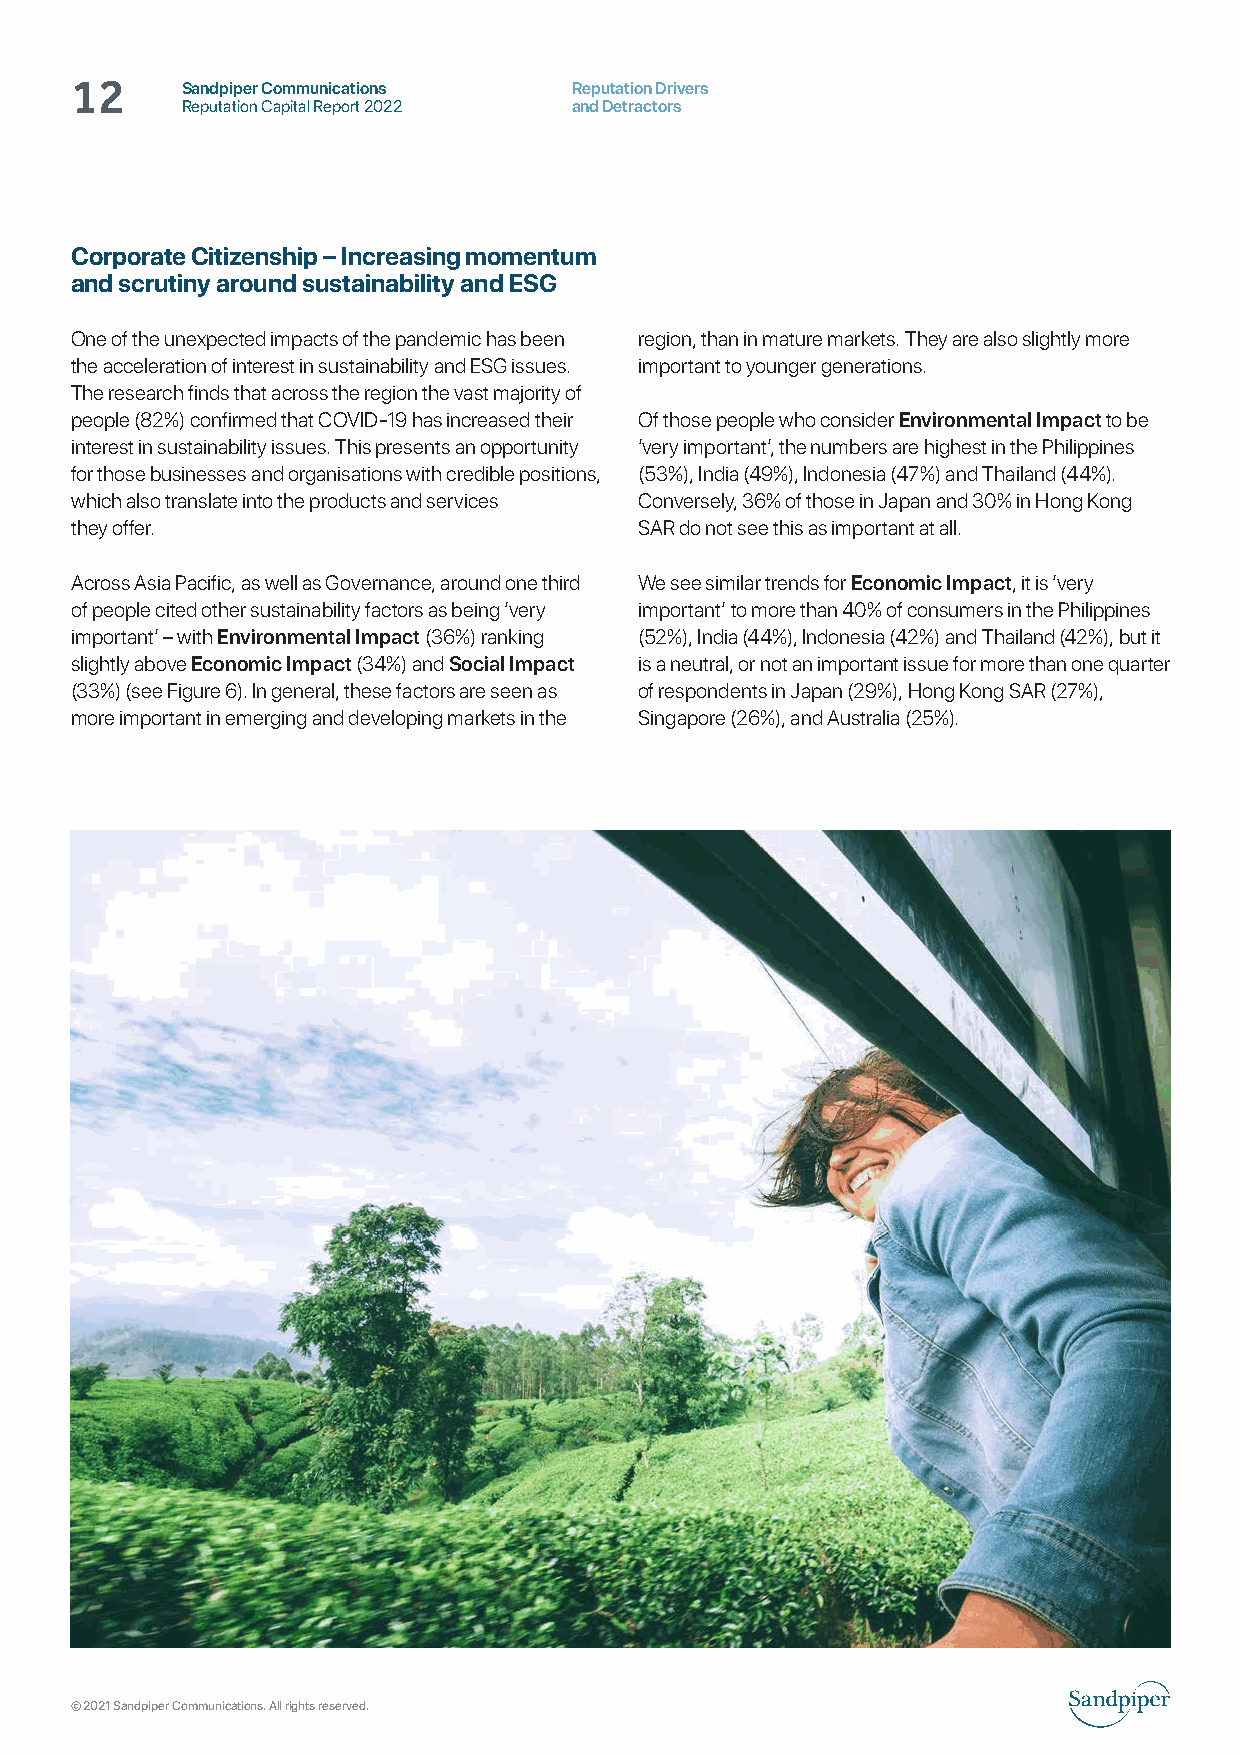
Sandpiper Communications  Reputation Drivers
 12     Reputation Capital Report 2022 and Detractors
 Corporate Citizenship – Increasing momentum
 and scrutiny around sustainability and ESG
 One of the unexpected impacts of the pandemic has been region, than in mature markets. They are also slightly more
 the acceleration of interest in sustainability and ESG issues. important to younger generations.
 The research finds that across the region the vast majority of
 people (82%) confirmed that COVID-19 has increased their Of those people who consider Environmental Impact to be
 interest in sustainability issues. This presents an opportunity ‘very important’, the numbers are highest in the Philippines
 for those businesses and organisations with credible positions, (53%), India (49%), Indonesia (47%) and Thailand (44%).
 which also translate into the products and services Conversely, 36% of those in Japan and 30% in Hong Kong
 they offer.                          SAR do not see this as important at all.
 Across Asia Pacific, as well as Governance, around one third We see similar trends for Economic Impact, it is ‘very
 of people cited other sustainability factors as being ‘very important’ to more than 40% of consumers in the Philippines
 important’ – with Environmental Impact (36%) ranking (52%), India (44%), Indonesia (42%) and Thailand (42%), but it
 slightly above Economic Impact (34%) and Social Impact is a neutral, or not an important issue for more than one quarter
 (33%) (see Figure 6). In general, these factors are seen as of respondents in Japan (29%), Hong Kong SAR (27%),
 more important in emerging and developing markets in the Singapore (26%), and Australia (25%).
 © 2021 Sandpiper Communications. All rights reserved.